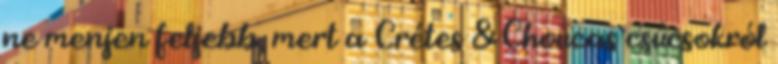
ne menjen feljebb, mert a Crétes & Choucas csúcsokról